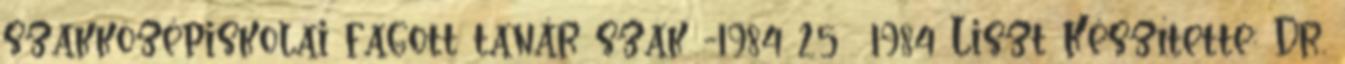
szakközépiskolai fagott tanár szak -1984 25 1984 Liszt Készítette: Dr.